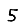
Digit: 5